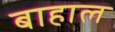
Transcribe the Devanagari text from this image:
बाहाल